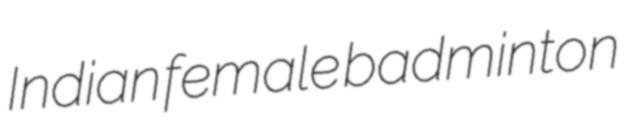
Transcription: Indian female badminton